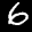
Label: 6